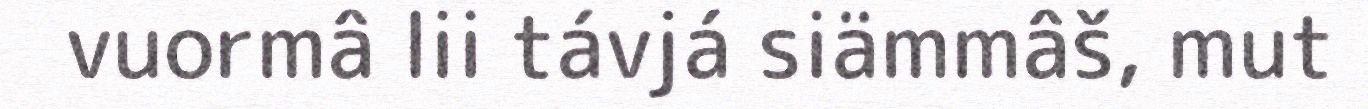
vuormâ lii távjá siämmâš, mut